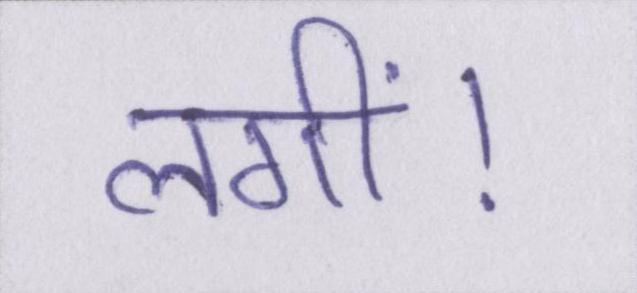
लगीं।